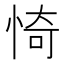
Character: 㥓